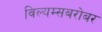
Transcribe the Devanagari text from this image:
विल्यम्सबरोबर